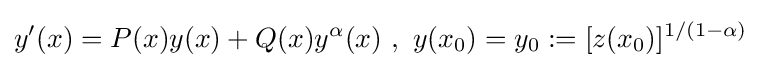
y'(x)=P(x)y(x)+Q(x)y^{\alpha }(x)\ ,\ y(x_{0})=y_{0}:=[z(x_{0})]^{1/(1-\alpha )}